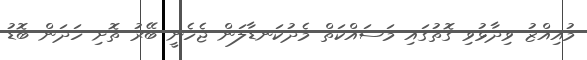
މުއިއްޒު ވިދާޅުވި ގޮތުގައި މަސައްކަތް މެދުކަނޑާލަން ޖެހެނީ ބޭރު ތޮށި ހަދަން ބޮޑު